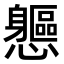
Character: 𨊘